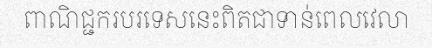
ពាណិជ្ជករបរទេសនេះពិតជាទាន់ពេលវេលា